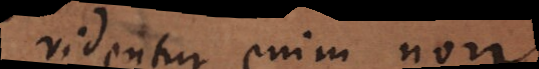
videntur enim non